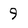
Character: 9